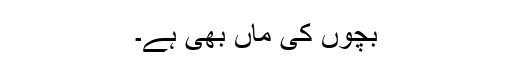
بچوں کی ماں بھی ہے۔